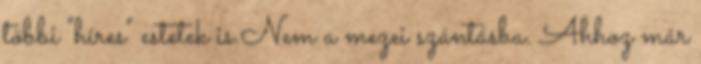
többi "híres" estetek is.Nem a mezei szántásba. Ahhoz már